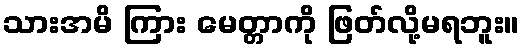
သားအမိ ကြား မေတ္တာကို ဖြတ်လို့မရဘူး။